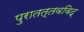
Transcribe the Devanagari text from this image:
पुरातत्तवविद्